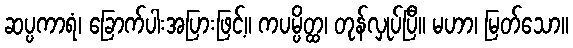
ဆပ္ပကာရံ၊ ခြောက်ပါးအပြားဖြင့်။ ကပမ္ပိတ္ထ၊ တုန်လှုပ်ပြီ။ မဟာ၊ မြတ်သော။